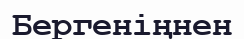
Бергеніңнен